Civil Veterinary Department. United Provinces 1912-22 - 1912-1922
Year: 1912
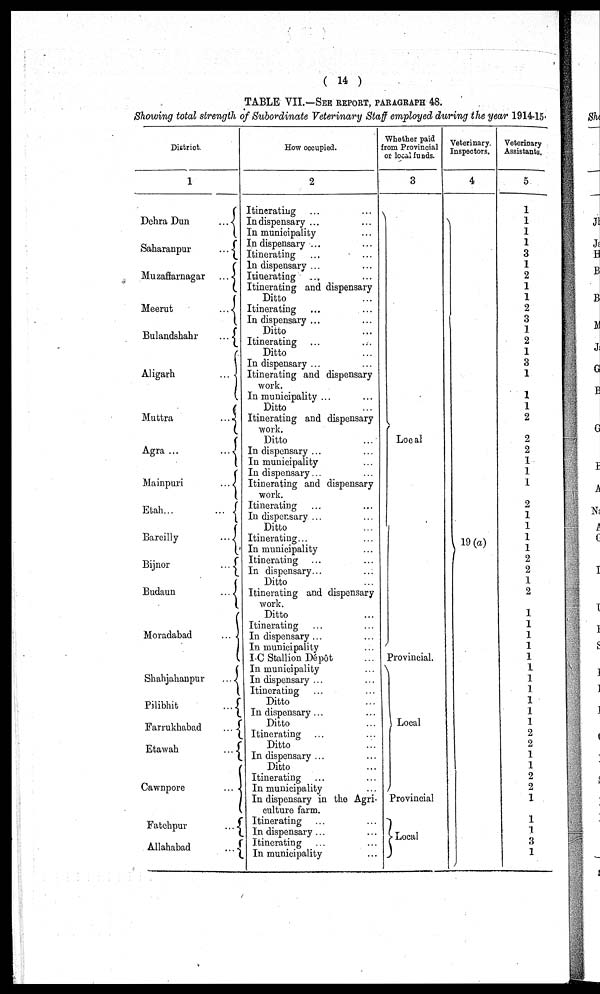
( 14 )
TABLE VII.—SEE REPORT, PARAGRAPHS 48.
Showing total strength of Subordinate Veterinary Staff employed during the year 1914-15-
District.
1
Dehra Dun
...
Saharanpur
...
Muzaffarnagar
...
Meerut
...
Bulandshahr
...
Aligarh
...
Muttra
...
Agra ...
...
Mainpuri
...
Etah...
...
Bareilly
..
Bijnor
...
Budaun
...
Moradabad
...
Shahjahanpur
...
Pilibhit
...
Farrukhabad
...
Etawah
...
Cawnpore
...
Fatchpur
...
Allahabad
...
How occupied.
2
Itinerating … …
In dispensary ... …
In municipality …
In dispensary … …
Itinerating … …
In dispensary ... …
Itinerating … …
Itinerating and dispensary
Ditto …
Itinerating … …
In dispensary ... …
Ditto …
Itinerating … …
Ditto …
In dispensary ... …
Itinerating and dispensary
work.
In municipality … …
Ditto …
Itinerating and dispensary
work.
Ditto …
In dispensary ... …
In municipality …
In dispensary... …
Itinerating and dispensary
work.
Itinerating … …
In dispensary ... …
Ditto … …
Itinerating... …
In municipality …
Itinerating … …
In dispensary... …
Ditto …
Itinerating and dispensary
work.
Ditto … …
Itinerating … …
In dispensary ... …
In municipality …
I-C Stallion Dépôt …
In municipality … …
In dispensary ... …
Itinerating … …
Ditto … …
In dispensary ... …
Ditto … …
Itinerating … …
Ditto … …
In dispensary ... …
Ditto … …
Itinerating … …
In municipality … …
In dispensary in the Agri-
culture farm.
Itinerating … …
In dispensary ... …
Itinerating … …
In municipality …
Whether paid
from Provincial
or local funds.
3
Local
Provincial.
Local
Provincial
Local
Veterinary.
Inspectors.
4
19 (a)
Veterinary
Assistants.
5
1
1
1
1
3
1
2
1
1
2
3
1
2
1
3
1
1
1
2
2
2
1
1
1
2
1
1
1
1
2
2
1
2
1
1
1
1
1
1
1
1
1
1
1
1
2
2
1
1
2
2
1
1
1
3
1